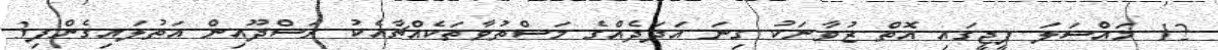
12 މައްސަލަ ޕީޖީގައި އޮތް ޒުވާނަކު ގިނަ އަދަދެއްގެ މަސްތުވާތަކެއްޗާއެކު ރަސްދޫއިން އަތުލައިގެންފި3